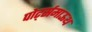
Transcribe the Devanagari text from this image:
पोर्ट्समाऊथ